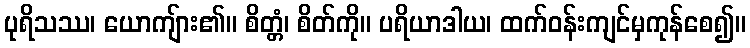
ပုရိသဿ၊ ယောကျ်ား၏။ စိတ္တံ၊ စိတ်ကို။ ပရိယာဒါယ၊ ထက်ဝန်းကျင်မှကုန်စေ၍။